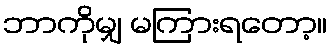
ဘာကိုမျှ မကြားရတော့။